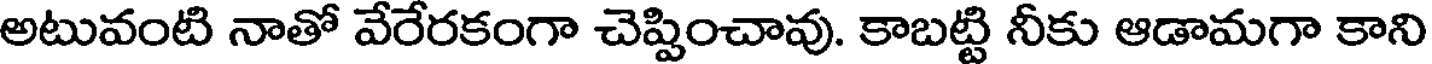
అటువంటి నాతో వేరేరకంగా చెప్పించావు. కాబట్టి నీకు ఆడామగా కాని